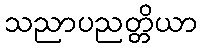
သညာပညတ္တိယာ